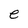
Character: e